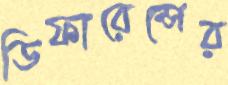
ডিফারেন্সের